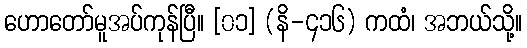
ဟောတော်မူအပ်ကုန်ပြီ။ [၀၁] (နိ-၄၁၆) ကထံ၊ အဘယ်သို့။